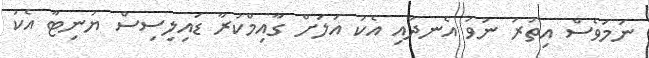
ނަމަވެސް އިތުރު ނުވަ އެނދާއި އެކު އަލަށް ގާއިމްކުރާ ޑައިލިސިސް ޔުނިޓާ އެކު